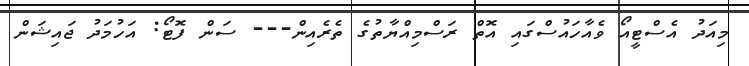
މިއަދު އެސްޓީއޯ ވެއާހައުސްގައި އޮތް ރަސްމިއްޔާތުގެ ތެރެއިން--- ސަން ފޮޓޯ: އަހުމަދު ޖައިޝަން